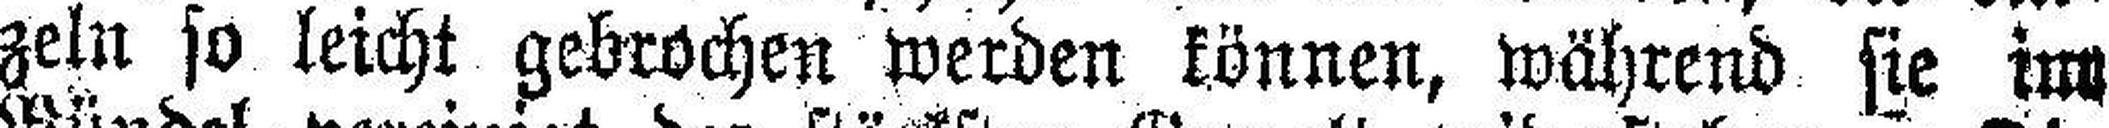
zeln so leicht gebrochen werden können, während sie im